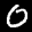
Label: 0